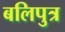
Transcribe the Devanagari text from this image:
बलिपुत्र